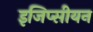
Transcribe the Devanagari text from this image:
इजिप्सीयन